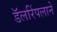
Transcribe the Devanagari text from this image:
डॅलरिंपलाने